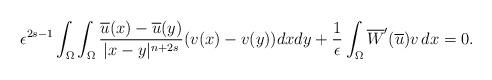
LaTeX: \begin{align*}\epsilon^{2s-1}\int_{\Omega}{\int_{\Omega}{\frac{\overline{u}(x)-\overline{u}(y)}{|x-y|^{n+2s}}(v(x)-v(y))dx dy}}+\frac{1}{\epsilon}\int_{\Omega}{\overline{W}'(\overline{u})v\,dx}=0.\end{align*}